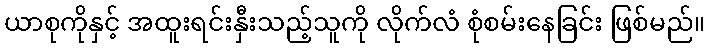
ယာစုကိုနှင့် အထူးရင်းနှီးသည့်သူကို လိုက်လံ စုံစမ်းနေခြင်း ဖြစ်မည်။